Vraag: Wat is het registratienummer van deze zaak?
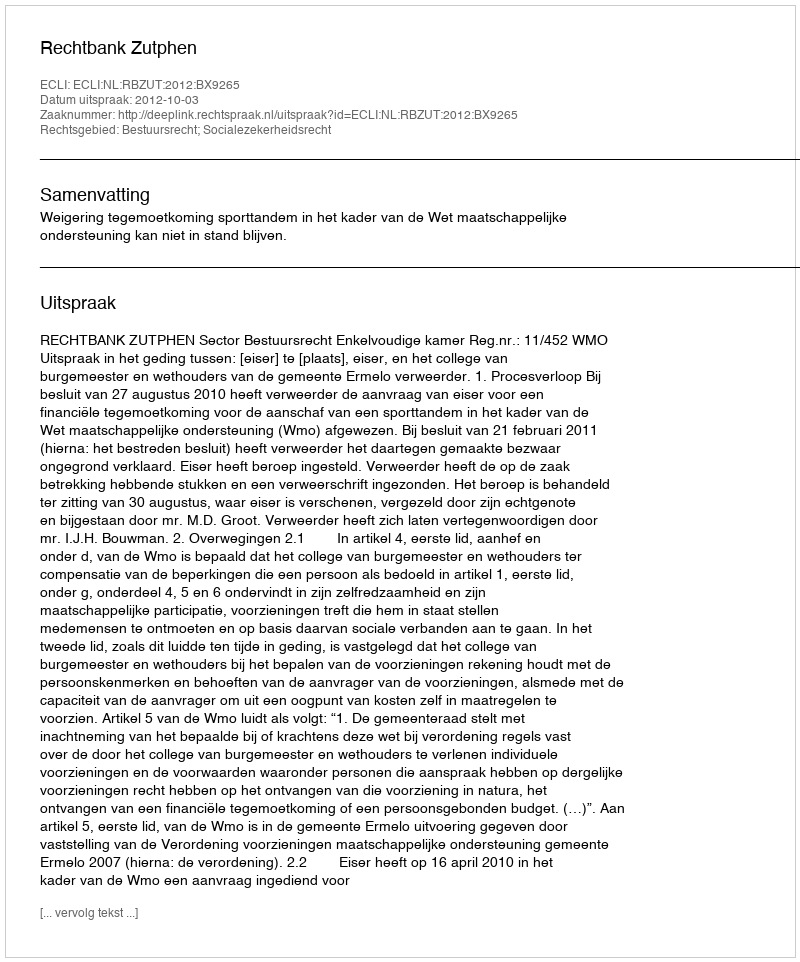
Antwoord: http://deeplink.rechtspraak.nl/uitspraak?id=ECLI:NL:RBZUT:2012:BX9265